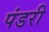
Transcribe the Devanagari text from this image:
पंडरी